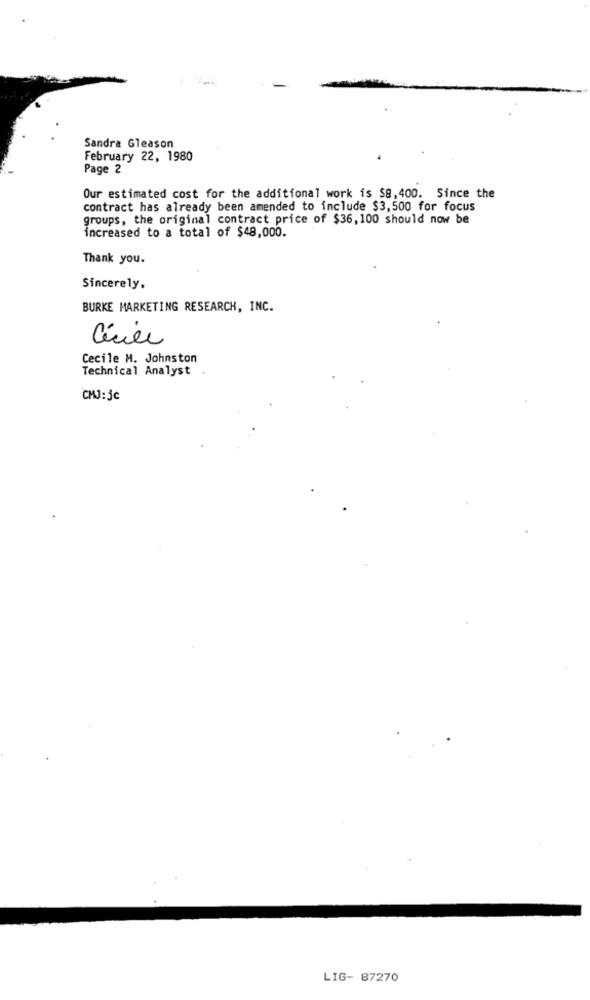
Sandra Gleason
February 22, 1980
Page 2
Our estimated cost for the additional work is $8, 400. Since the
contract has already been amended to include $3,500 for focus
groups, the original contract price of $36, 100 should now be
increased to a total of $48,000.
Thank you.
Sincerely,
BURKE MARKETING RESEARCH, INC.
Cecile M. Johnston
Technical Analyst
CHJ : jc
LIG- 87270